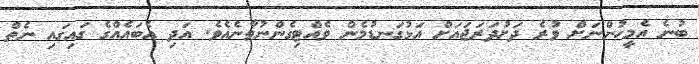
ބުނެ އެމީހުންނަށް ވުރެ ދަށުދަރަޖައަށް އަޅުގަނޑުމެން ވެއްޓިގެންނުވާނެއެވެ. އަދި އެބައެއްގެ ގައިގައި ނެތް